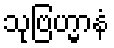
သုဗြဟ္မာနံ